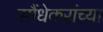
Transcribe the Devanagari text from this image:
सौंधेकरांच्या